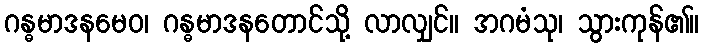
ဂန္ဓမာဒနမေဝ၊ ဂန္ဓမာဒနတောင်သို့ လာလျှင်။ အဂမံသု၊ သွားကုန်၏။